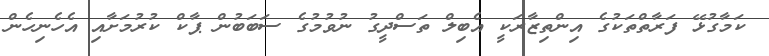
ކަމާގުޅޭ ފަރާތްތަކުގެ އިންތިޒާރަކީ އެބިލް ތަސްދީގު ނުވުމުގެ ސަބަބުން ޕާކް ކުރުމަށާއި އެހެނިހެން